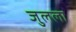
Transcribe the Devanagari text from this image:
जुलला